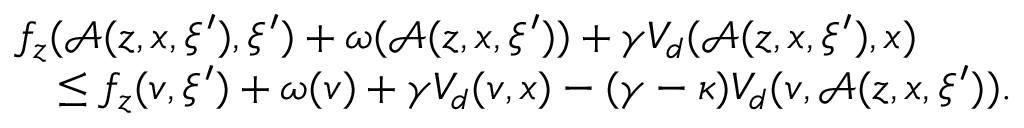
\begin{array} { r l } & { f _ { z } ( \mathcal { A } ( z , x , \xi ^ { \prime } ) , \xi ^ { \prime } ) + \omega ( \mathcal { A } ( z , x , \xi ^ { \prime } ) ) + \gamma V _ { d } ( \mathcal { A } ( z , x , \xi ^ { \prime } ) , x ) } \\ & { \quad \leq f _ { z } ( v , \xi ^ { \prime } ) + \omega ( v ) + \gamma V _ { d } ( v , x ) - ( \gamma - \kappa ) V _ { d } ( v , \mathcal { A } ( z , x , \xi ^ { \prime } ) ) . } \end{array}